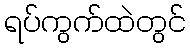
ရပ်ကွက်ထဲတွင်